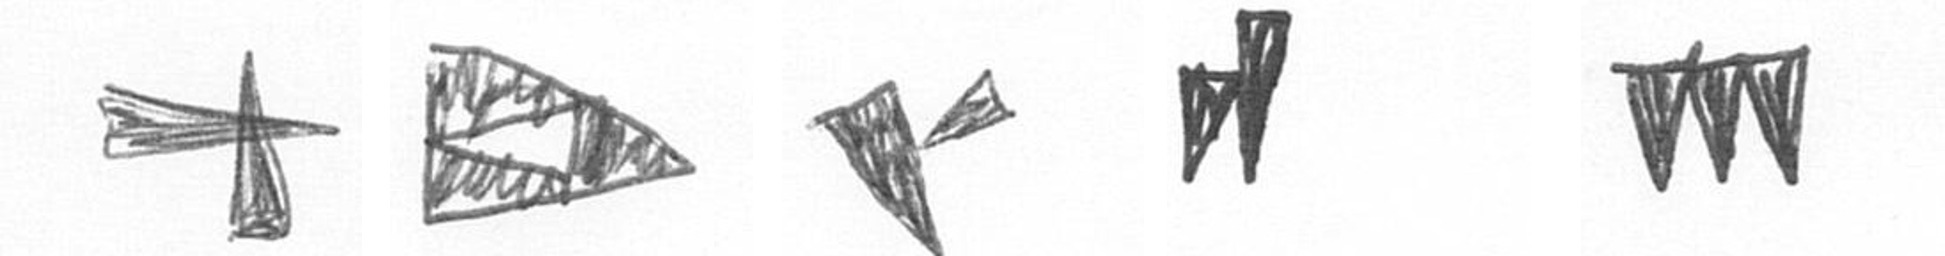
G K F M L